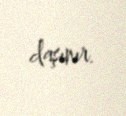
daşınır.